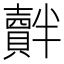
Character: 𧸝